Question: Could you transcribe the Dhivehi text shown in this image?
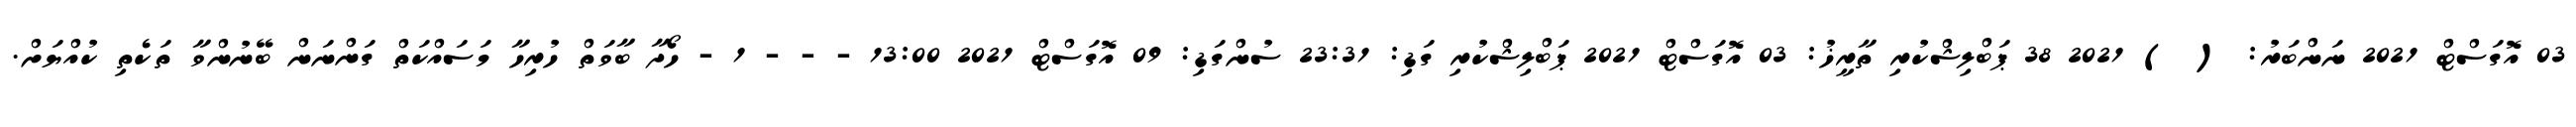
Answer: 03 އޮގަސްޓް 2021 ނަންބަރު: ( ) 2021 38 ޕަބްލިޝްކުރި ތާރީޚު: 03 އޮގަސްޓް 2021 ޕަބްލިޝްކުރި ގަޑި: 23:31 ސުންގަޑި: 09 އޮގަސްޓް 2021 13:00 - - - 1 - ހޯދާ ބާވަތް ހުރިހާ މަސައްކަތް ގަންނަން ބޭނުންވާ ތަކެތި ކުއްޔަށް.